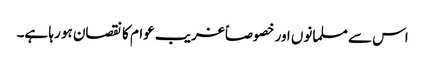
اس سے مسلمانوں اور خصوصاً غریب عوام کا نقصان ہو رہا ہے۔